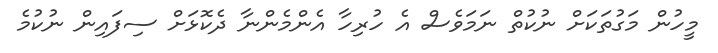
މީހުން މަގުތަކަށް ނުކުތް ނަމަވެސް އެ ހުރިހާ އެންމެންނާ ދެކޮޅަށް ސިފައިން ނުކުމެ